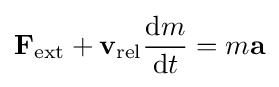
\mathbf {F} _{\mathrm {ext} }+\mathbf {v} _{\mathrm {rel} }{\frac {\mathrm {d} m}{\mathrm {d} t}}=m\mathbf {a}